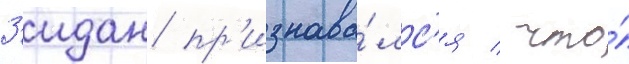
З'идан пр'изнава́лс'я / что́